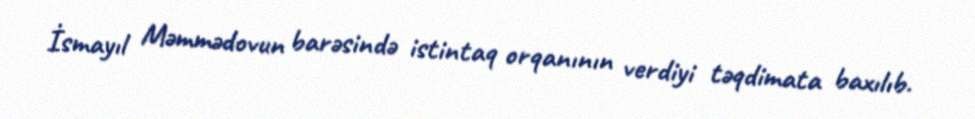
İsmayıl Məmmədovun barəsində istintaq orqanının verdiyi təqdimata baxılıb.